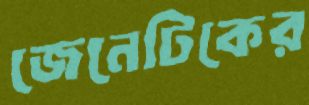
জেনেটিকের